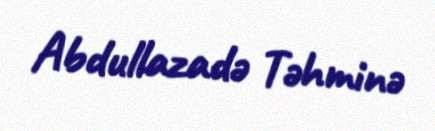
Abdullazadə Təhminə